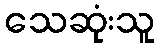
သေဆုံးသူ